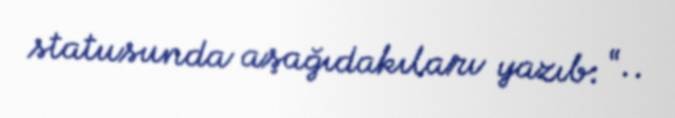
statusunda aşağıdakıları yazıb: “..